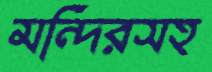
মন্দিরসহ